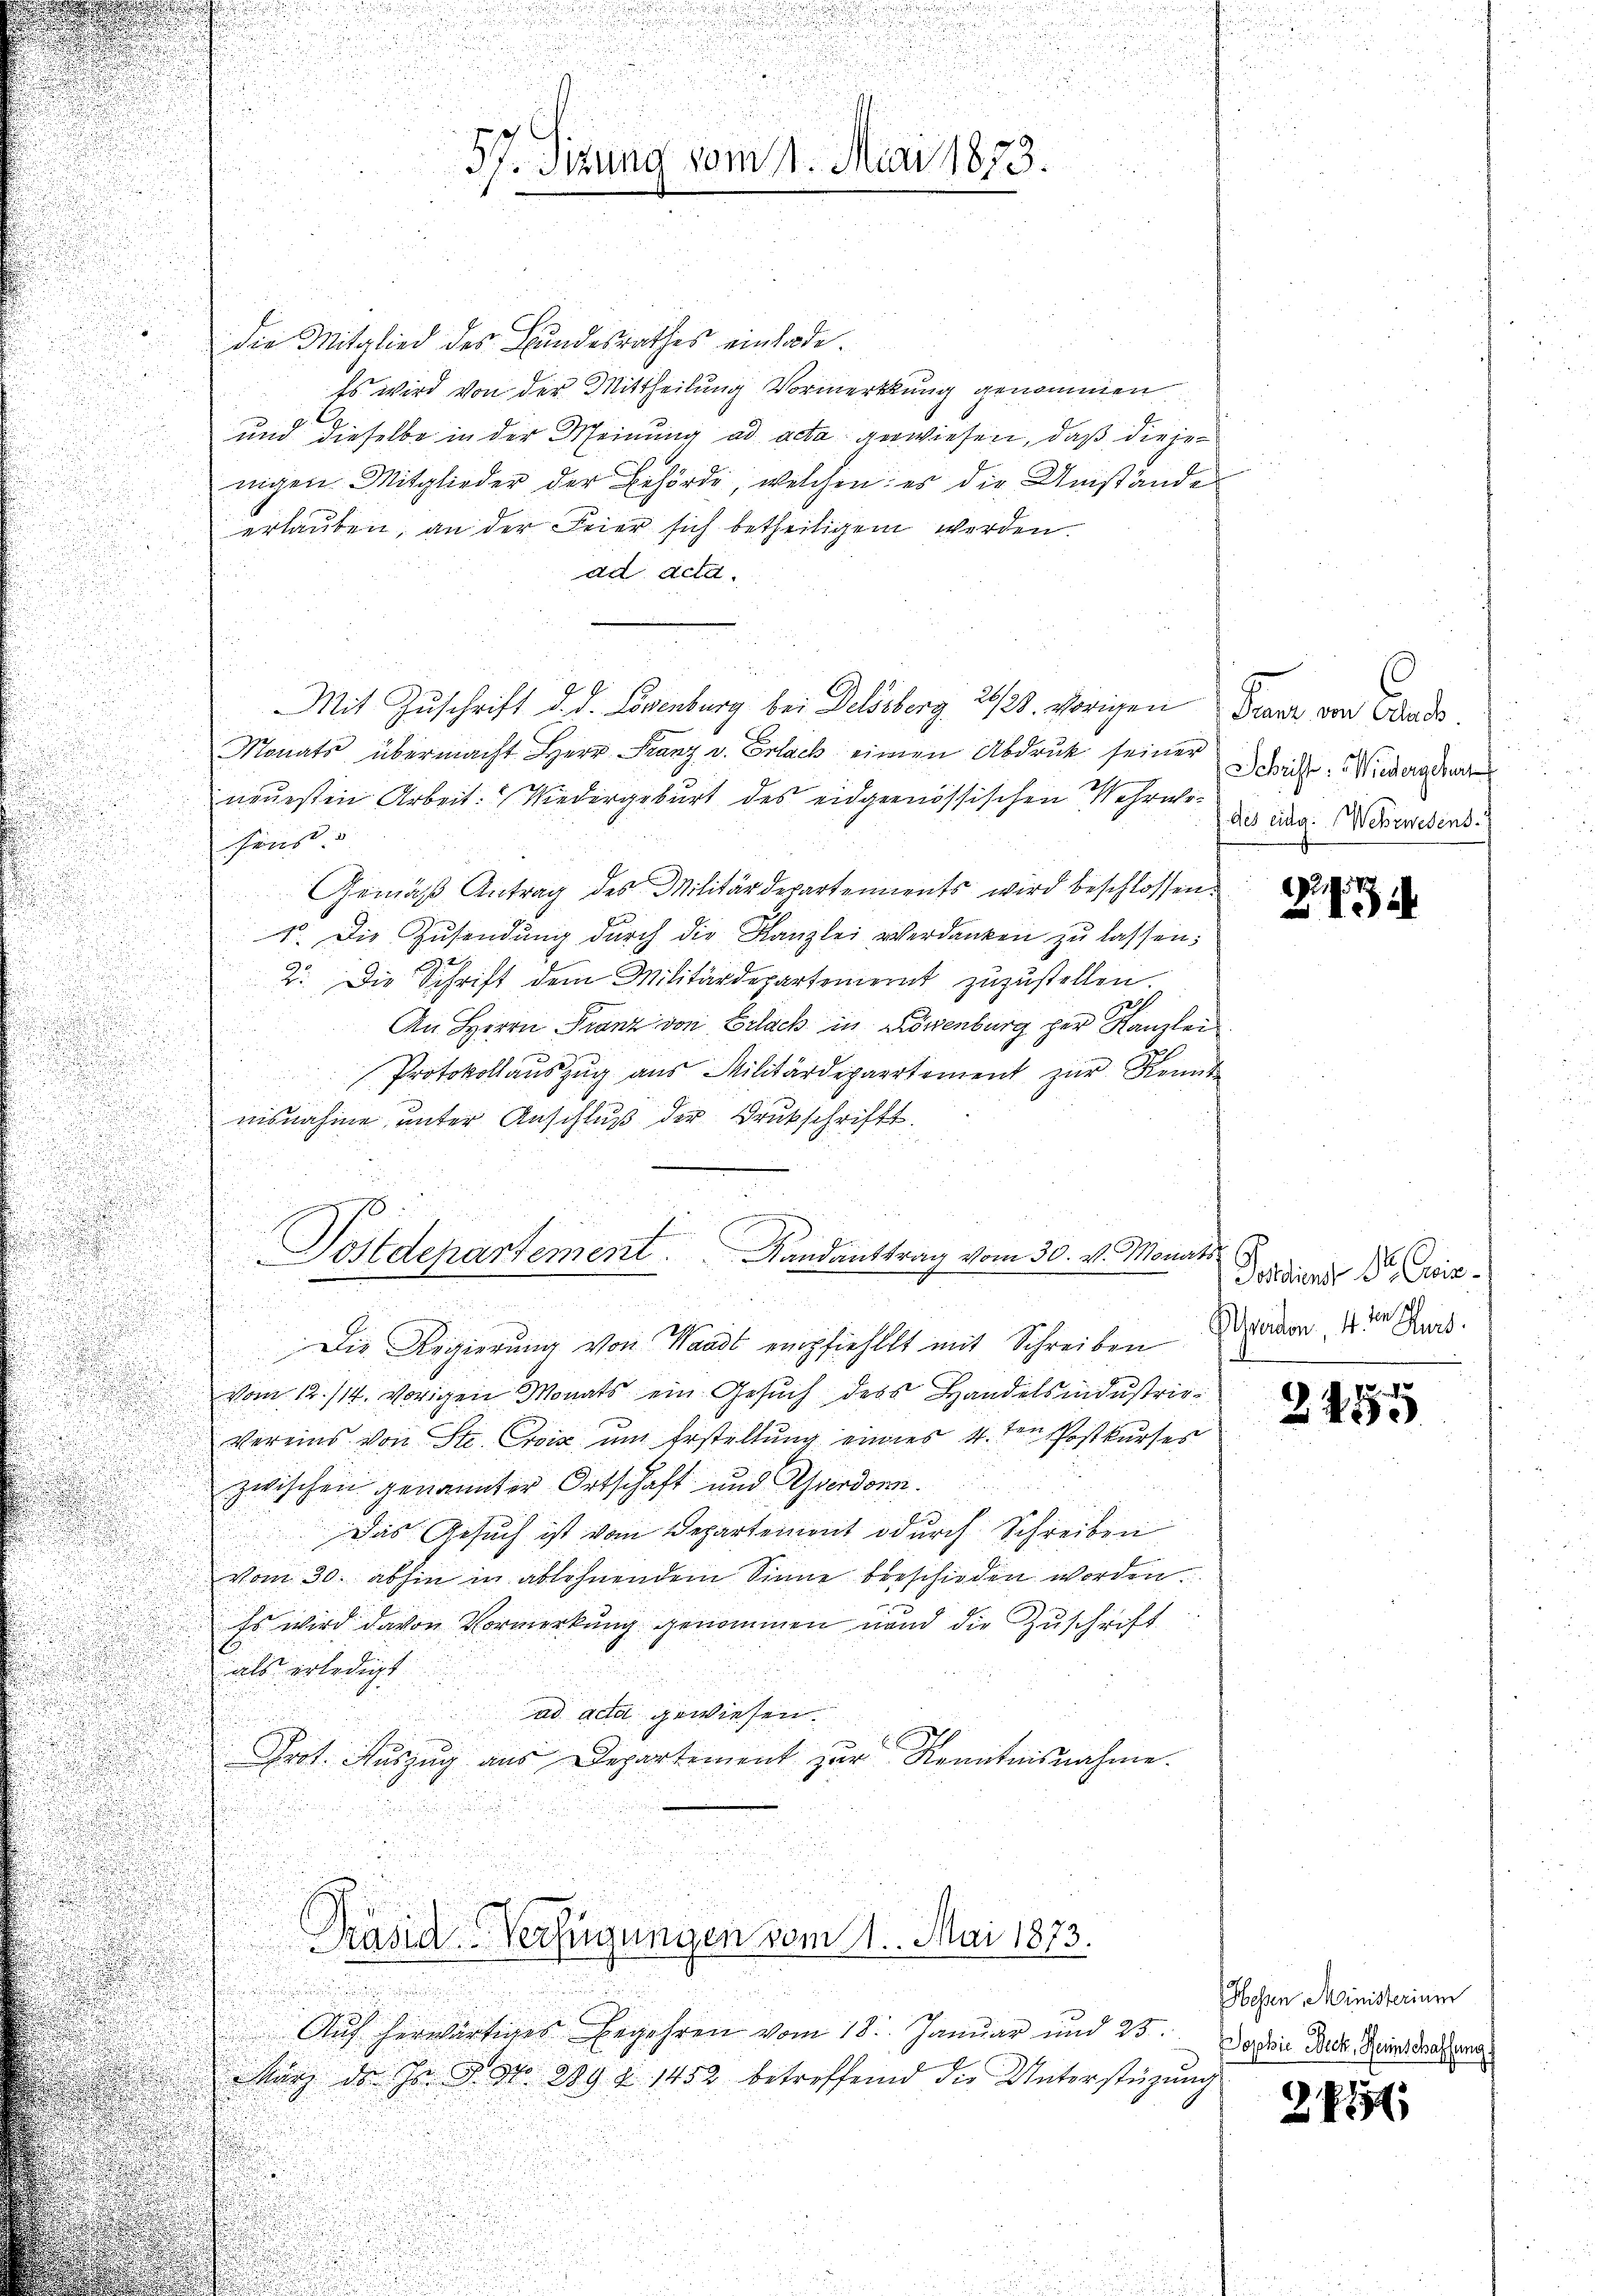
die Mitglied des Bundesrathes einlade.
Es wird von der Mittheilung Vormerkung genommen
und dieselbe in der Meinung ad acta gewiesen, daß die jenigen Mitglieder der Behörde, welchen: es die Umstände
erlauben, an der Feier sich betheiligen werden.
ad acta.
Monats übermacht Herr Franz v. Erlack einen Abdruck seiner
neuesten Arbeit: Niedergeburt des eidgenössischen Mehrwihens
Gemäß Antrag des Militärdepartements wird beschlossen:
1. Die Zŭsendŭng dŭrch die Kanzlei verdanken zŭ lassen:
2. Die Schrift dem Militärdepartement zuzustellen.
An Herrn Franz von Erlack in Löwenburg zur Kanzlei
n
Protokollauszug aus Militärdepartement zur Kennt
nisnahme unter Anschluß der Drukschriftt.
n
Die Regierung von Waadt empfiehlt mit Schreiben
vom 12./14. vorigen Monats ein Gesuch des Handelsindustrie
vereins von St. Cie um Erstellung eines 4ten Postkurses
zwischen genannter Ortschaft und Yverdorn.
Das Gesuch ist vom Departement odurch Schreiben
vom 30. abhin in ablehnendem Sinne beschieden worden.
Es wird davon Vormerkung genommen unnd die Zuschrift
als erledigt.
ad acta gewiesen.
Prot. Auszug aus Departement zur Kenntnisnahme.
Präsid. Verfügungen vom 11. Mai 1873.
Aŭf herwärtiges Begehren vom 18. Januar und 25.
März da Er dato 889 Z. 1452 betreffend die Unterstüzung

57. Sitzung vom 11. Mai 1873.

Mit Zuschrift d. d. Logenburg bei Delsberg 21/22. vorigen Franz von Baads.

Postdepartement. Standanttrag vom 30. v. Monats
.

Schrift: Wiedergehort
des eidg. Wehrwesens.

.13 14

Fedient Dr. Geis
ter.
Averdon, 4. ten Kurt.

2475

Hessen, Ministerium
Dophie Beck, Heinschaffung.

281